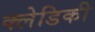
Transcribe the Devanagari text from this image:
क्लेडिकी